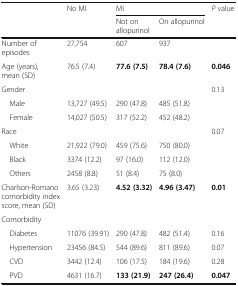
| <ROWSPAN=2>  | No MI | <COLSPAN=2> MI | P value |
 |  | Not on allopurinol | On allopurinol |  |
 | --- | --- | --- | --- | --- |
 | Number of episodes | 27,754 | 607 | 937 |  |
 | Age (years), mean (SD) | 76.5 (7.4) | 77.6 (7.5) | 78.4 (7.6) | 0.046 |
 | Gender |  |  |  | 0.13 |
 | Male | 13,727 (49.5) | 290 (47.8) | 485 (51.8) |  |
 | Female | 14,027 (50.5) | 317 (52.2) | 452 (48.2) |  |
 | Race |  |  |  | 0.07 |
 | White | 21,922 (79.0) | 459 (75.6) | 750 (80.0) |  |
 | Black | 3374 (12.2) | 97 (16.0) | 112 (12.0) |  |
 | Others | 2458 (8.8) | 51 (8.4) | 75 (8.0) |  |
 | Charlson-Romano comorbidity index score, mean (SD) | 3.65 (3.23) | 4.52 (3.32) | 4.96 (3.47) | 0.01 |
 | Comorbidity |  |  |  |  |
 | Diabetes | 11076 (39.91) | 290 (47.8) | 482 (51.4) | 0.16 |
 | Hypertension | 23456 (84.5) | 544 (89.6) | 811 (89.6) | 0.07 |
 | CVD | 3442 (12.4) | 106 (17.5) | 184 (19.6) | 0.28 |
 | PVD | 4631 (16.7) | 133 (21.9) | 247 (26.4) | 0.047 |